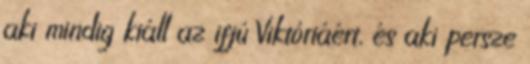
aki mindig kiáll az ifjú Viktóriáért, és aki persze